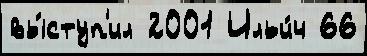
вы́ступ'ил 2001 Ильи́ч 66